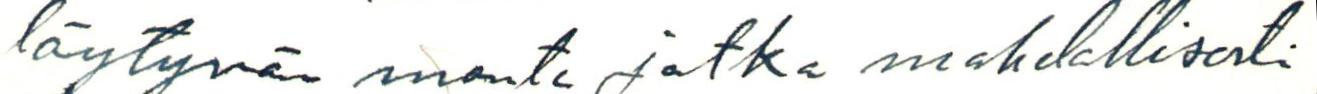
löytyvän monta jotka mahdollisesti